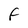
Character: F